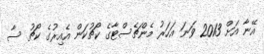
އޭނާ އަށް 2013 ވަނަ އަހަރު މެންޗެސްޓާގެ ކޯޗުކަން އެއިރުގެ ކޯޗު ސާ